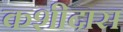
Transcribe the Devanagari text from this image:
कशीदास